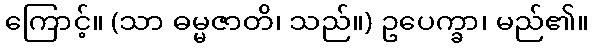
ကြောင့်။ (သာ ဓမ္မဇာတိ၊ သည်။) ဥပေက္ခာ၊ မည်၏။